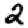
Digit: 2